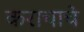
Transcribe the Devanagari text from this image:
कराचाचे